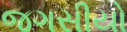
જગસીયો